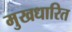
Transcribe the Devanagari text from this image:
मुखधारित